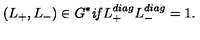
( L _ { + } , L _ { - } ) \in G ^ { * } \mathrm { \it { i f } } L _ { + } ^ { d i a g } L _ { - } ^ { d i a g } = 1 .